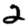
Digit: 2